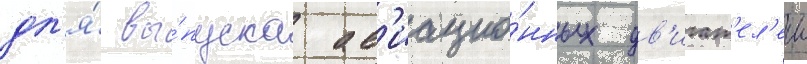
дл'я́ вы́пуска ав'иацио́нных дв'игат'ел'еи